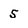
Character: 5